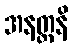
အနတ္တနိ